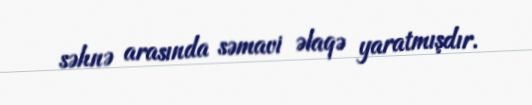
səhnə arasında səmavi əlaqə yaratmışdır.